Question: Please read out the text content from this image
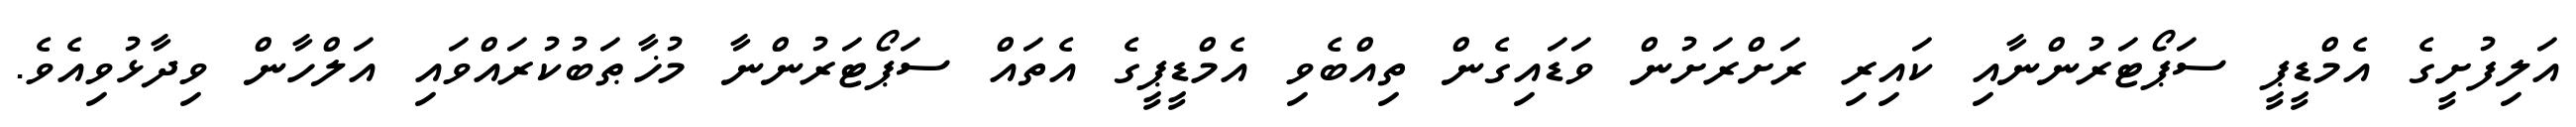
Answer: އަލިފުށީގެ އެމްޑީޕީ ސަޕޯޓަރުންނާއި ކައިރި ރަށްރަށުން ވަޑައިގެން ތިއްބެވި އެމްޑީޕީގެ އެތައް ސަޕޯޓަރުންނާ މުޚާޠަބުކުރައްވައި އަލްހާން ވިދާޅުވިއެވެ.